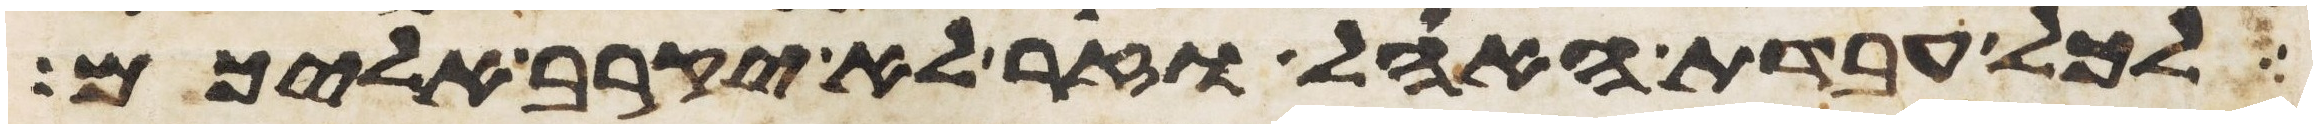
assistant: לכל עבדת האהל וזר לא יקרב אליכם